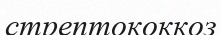
стрептококкоз